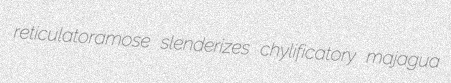
reticulatoramose slenderizes chylificatory majagua